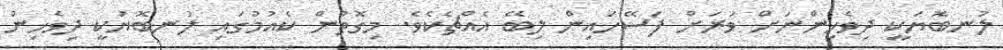
ލުނބޮޔަކީ ދިވެހިންނަށް ވަރަށް ފަސޭހައިން ލިބޭ އެއްޗެކެވެ. މިގޮތުން ކެއުމުގައި ލުނބޮޔަކީ ދިވެހިން